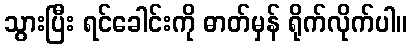
သွားပြီး ရင်ခေါင်းကို ဓာတ်မှန် ရိုက်လိုက်ပါ။